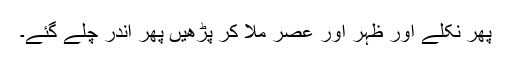
پھر نکلے اور ظہر اور عصر ملا کر پڑھیں پھر اندر چلے گئے۔